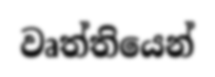
වෘත්තියෙන්